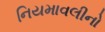
નિયમાવલીનો